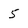
Character: 5